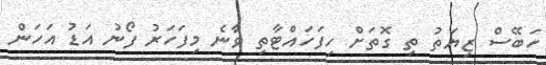
ހަބޭސް ޒިޔަތު ތި ގޮތަށް ހިފަހައްޓާތި ވާނެ މިފަހަރު ފޯނު އަޑު އަހަން